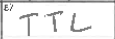
Transcription: TTL